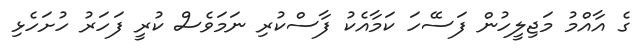
ގެ އާއްމު މަޖިލީހުން ފަސޭހަ ކަމާއެކު ފާސްކުރި ނަމަވެސް ކުރީ ފަހަރު ހުށަހެޅި